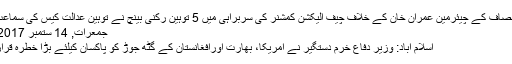
تحریک انصاف کے چیئرمین عمران خان کے خلاف چیف الیکشن کمشنر کی سربراہی میں 5 توہین رکنی بینچ نے توہین عدالت کیس کی سماعت کی،…
جمعرات, 14 ستمبر 2017 15:26
اسلام آباد: وزیر دفاع خرم دستگیر نے امریکا، بھارت اورافغانستان کے گٹھ جوڑ کو پاکسان کیلئے بڑا خطرہ قرار دے دیا۔